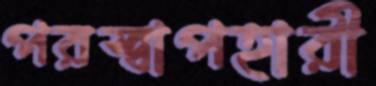
পরস্বাপহারী